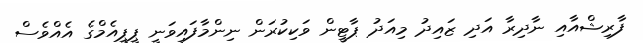
ފާރިޝްއާއި ނާދިރާ އަދި ޒައިދު މިއަދު ޕާޓީން ވަކިކުރަން ނިންމާފައިވަނީ ޕީޕީއެމްގެ އެއްވެސް